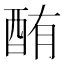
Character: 酭